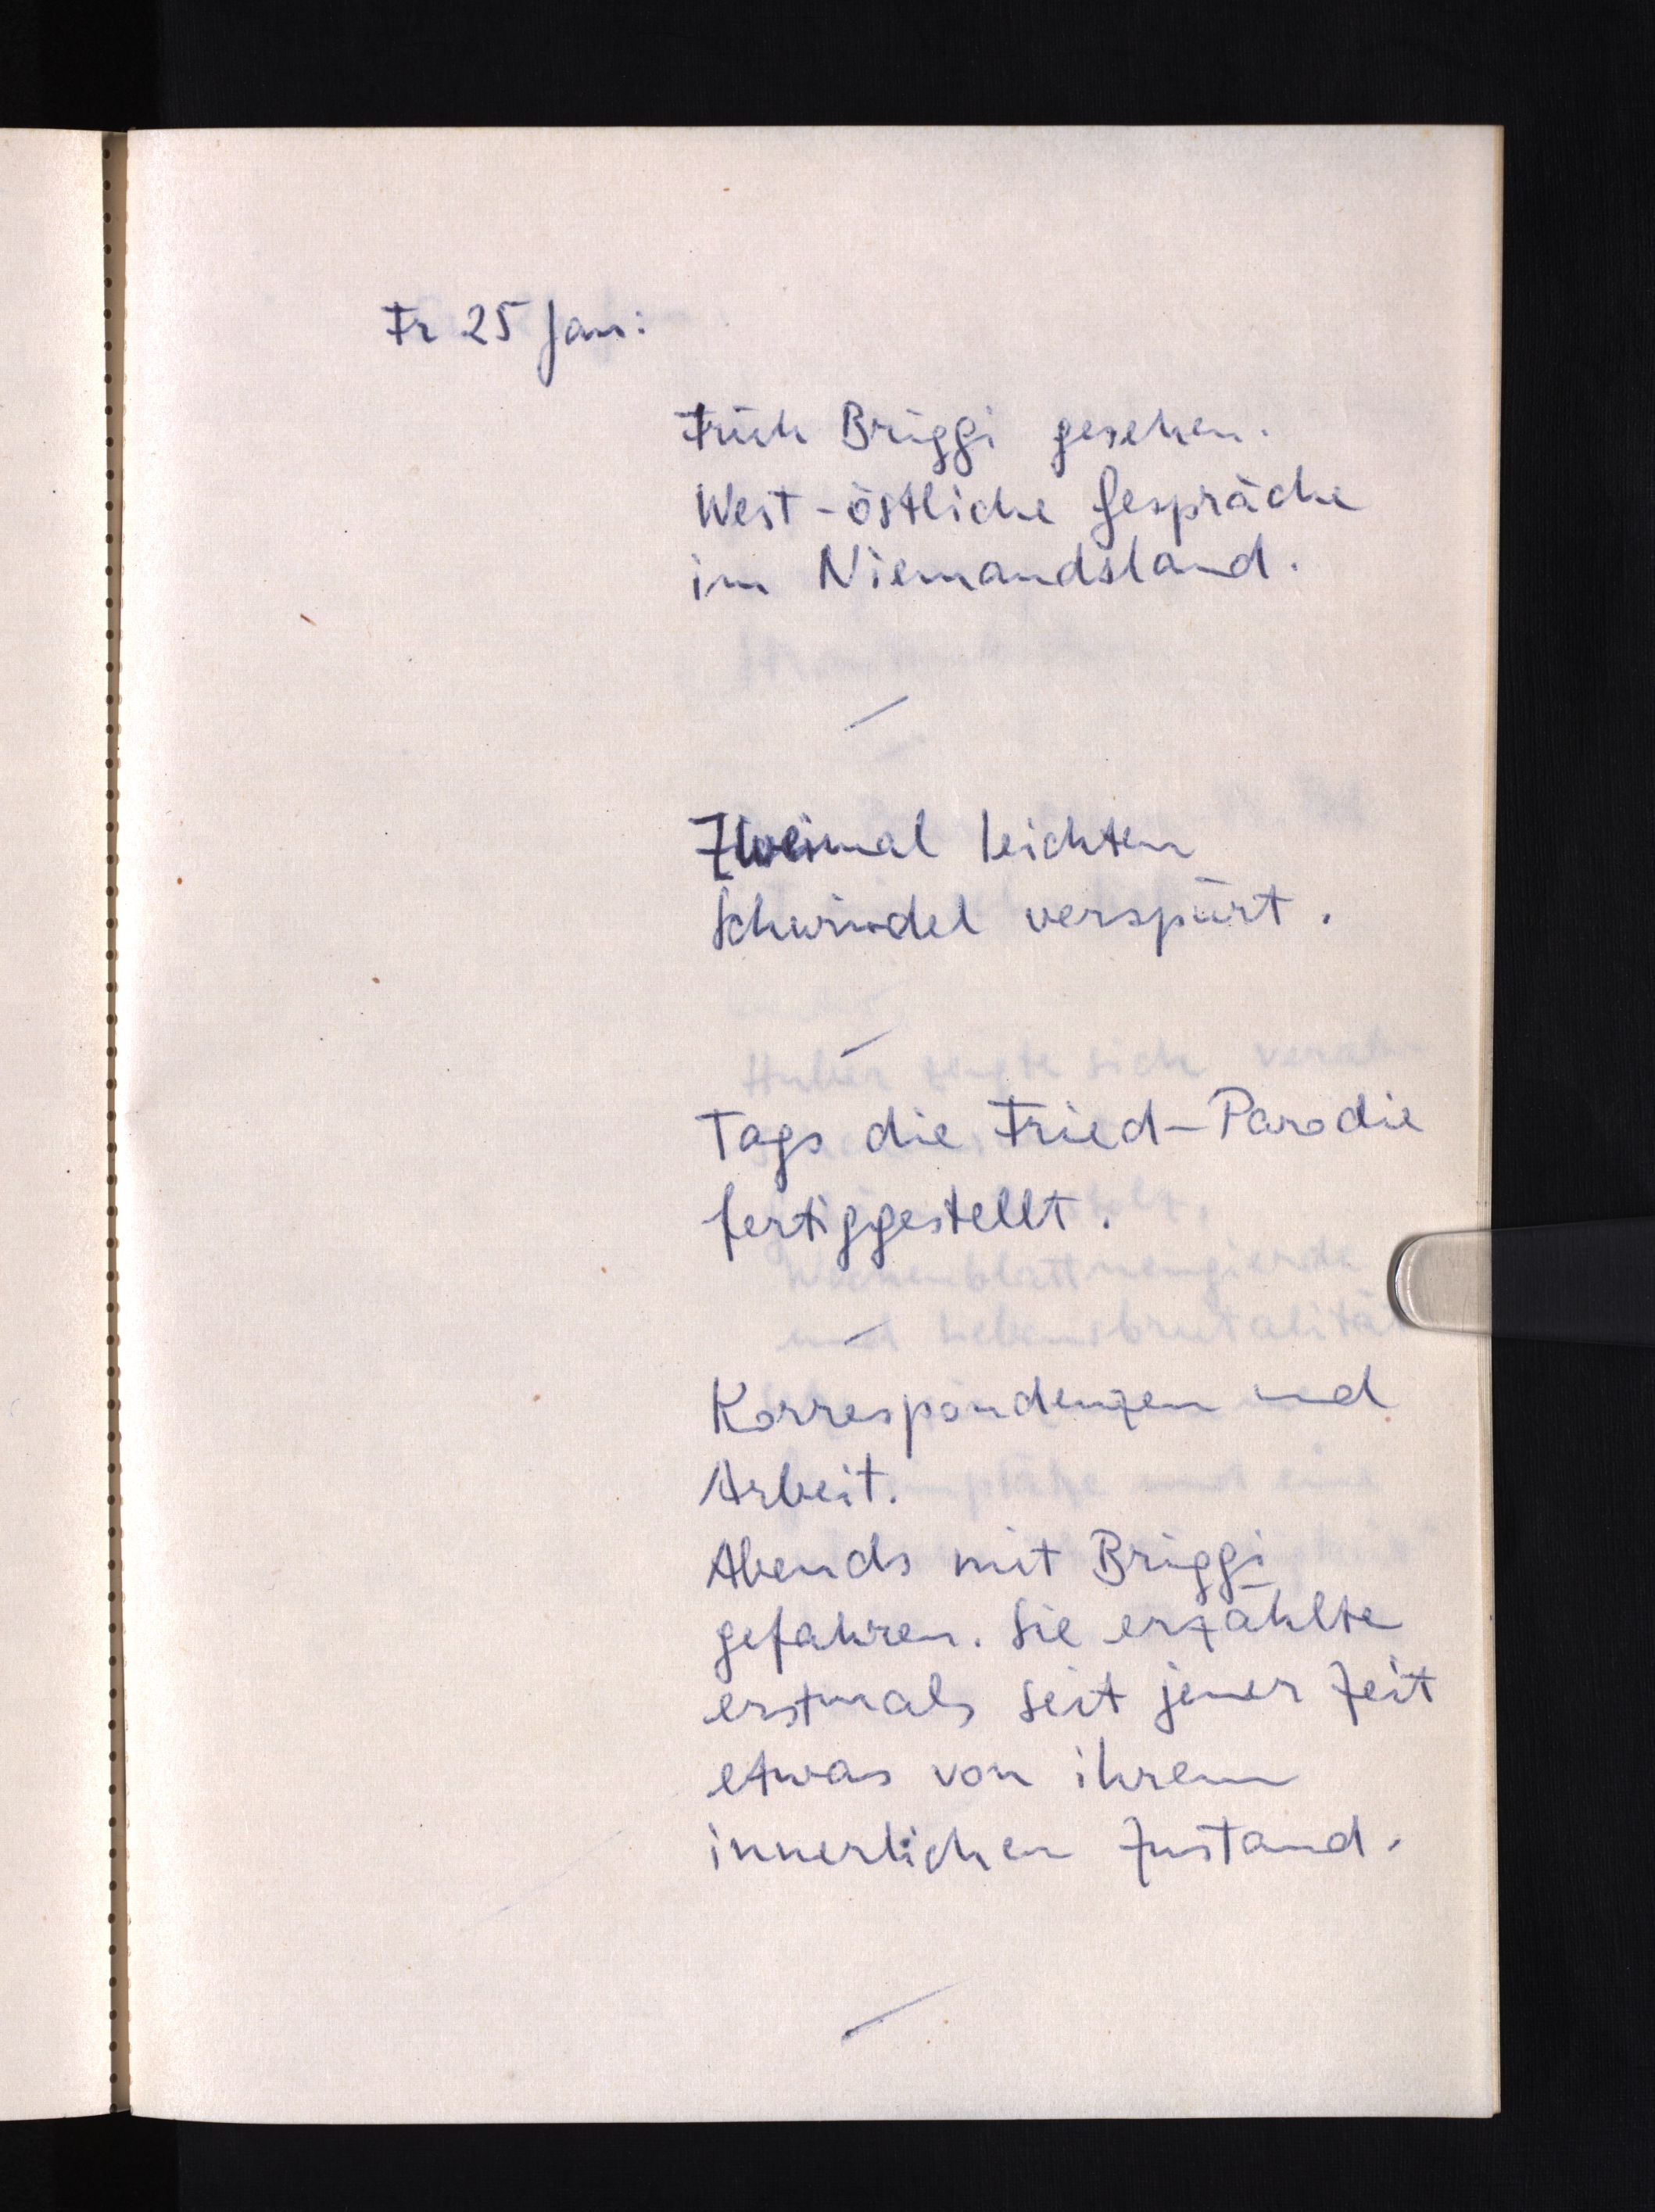
Fr 25 Jan:
Früh Briggi gesehen.
West-östliche Gespräche
im Niemandsland.
Zweimal leichten
Schwindel verspürt.
Tags die Fried-Parodie
fertiggestellt.
Korrespondenzen und
Arbeit.
Abends mit Briggi
gefahren. Sie erzählte
erstmals seit jener Zeit
etwas von ihrem
innerlichen Zustand.